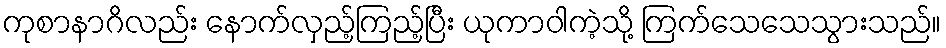
ကုစာနာဂိလည်း နောက်လှည့်ကြည့်ပြီး ယုကာဝါကဲ့သို့ ကြက်သေသေသွားသည်။